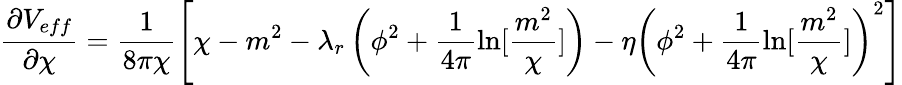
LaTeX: \frac{\partial V_{eff}}{\partial\chi}=\frac{1}{8\pi\chi}\left[\chi-m^{2}-\lambda_{r}\left(\phi^{2}+\frac{1}{4\pi}{\ln}[\frac{m^{2}}{\chi}]\right)-\eta\left(\phi^{2}+\frac{1}{4\pi}{\ln}[\frac{m^{2}}{\chi}]\right)^{2}\right]